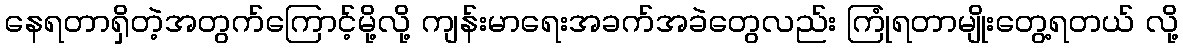
နေရတာရှိတဲ့အတွက်ကြောင့်မို့လို့ ကျန်းမာရေးအခက်အခဲတွေလည်း ကြုံရတာမျိုးတွေ့ရတယ် လို့